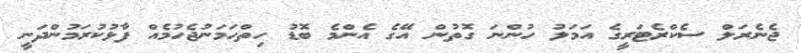
ޖެނެރަލް ސެކްރެޓަރީގެ އަމަލު ހުންނަ ގޮތުން އޭގެ އެންމެ ބޮޑު ހިތްހަމަނުޖެހުމެއް ފާޅުކުރަމުންދަނީ